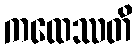
ကထေဿတိ